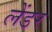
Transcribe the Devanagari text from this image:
लेंडर